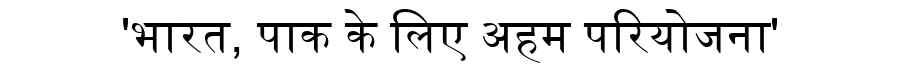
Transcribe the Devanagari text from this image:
'भारत, पाक के लिए अहम परियोजना'